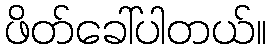
ဖိတ်ခေါ်ပါတယ်။